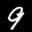
Label: 9